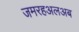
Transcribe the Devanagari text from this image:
जमरहअलअब